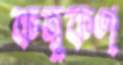
কম্বুকণ্